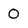
Character: 0